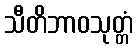
သီတိဘာဝသုတ္တံ